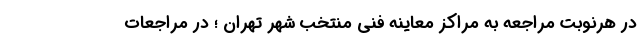
در هرنوبت مراجعه به مراکز معاینه فنی منتخب شهر تهران ؛ در مراجعات